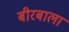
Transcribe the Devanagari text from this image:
बीरबाला